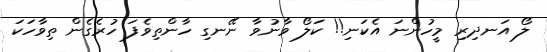
ލޯ އަނދިރި މީހުންނަ އެކަނި!! ކަލޯ ވާނުވާ ނޭނގި ހާންތިވެފަ ހުރެގެން ތިވާހަކަ